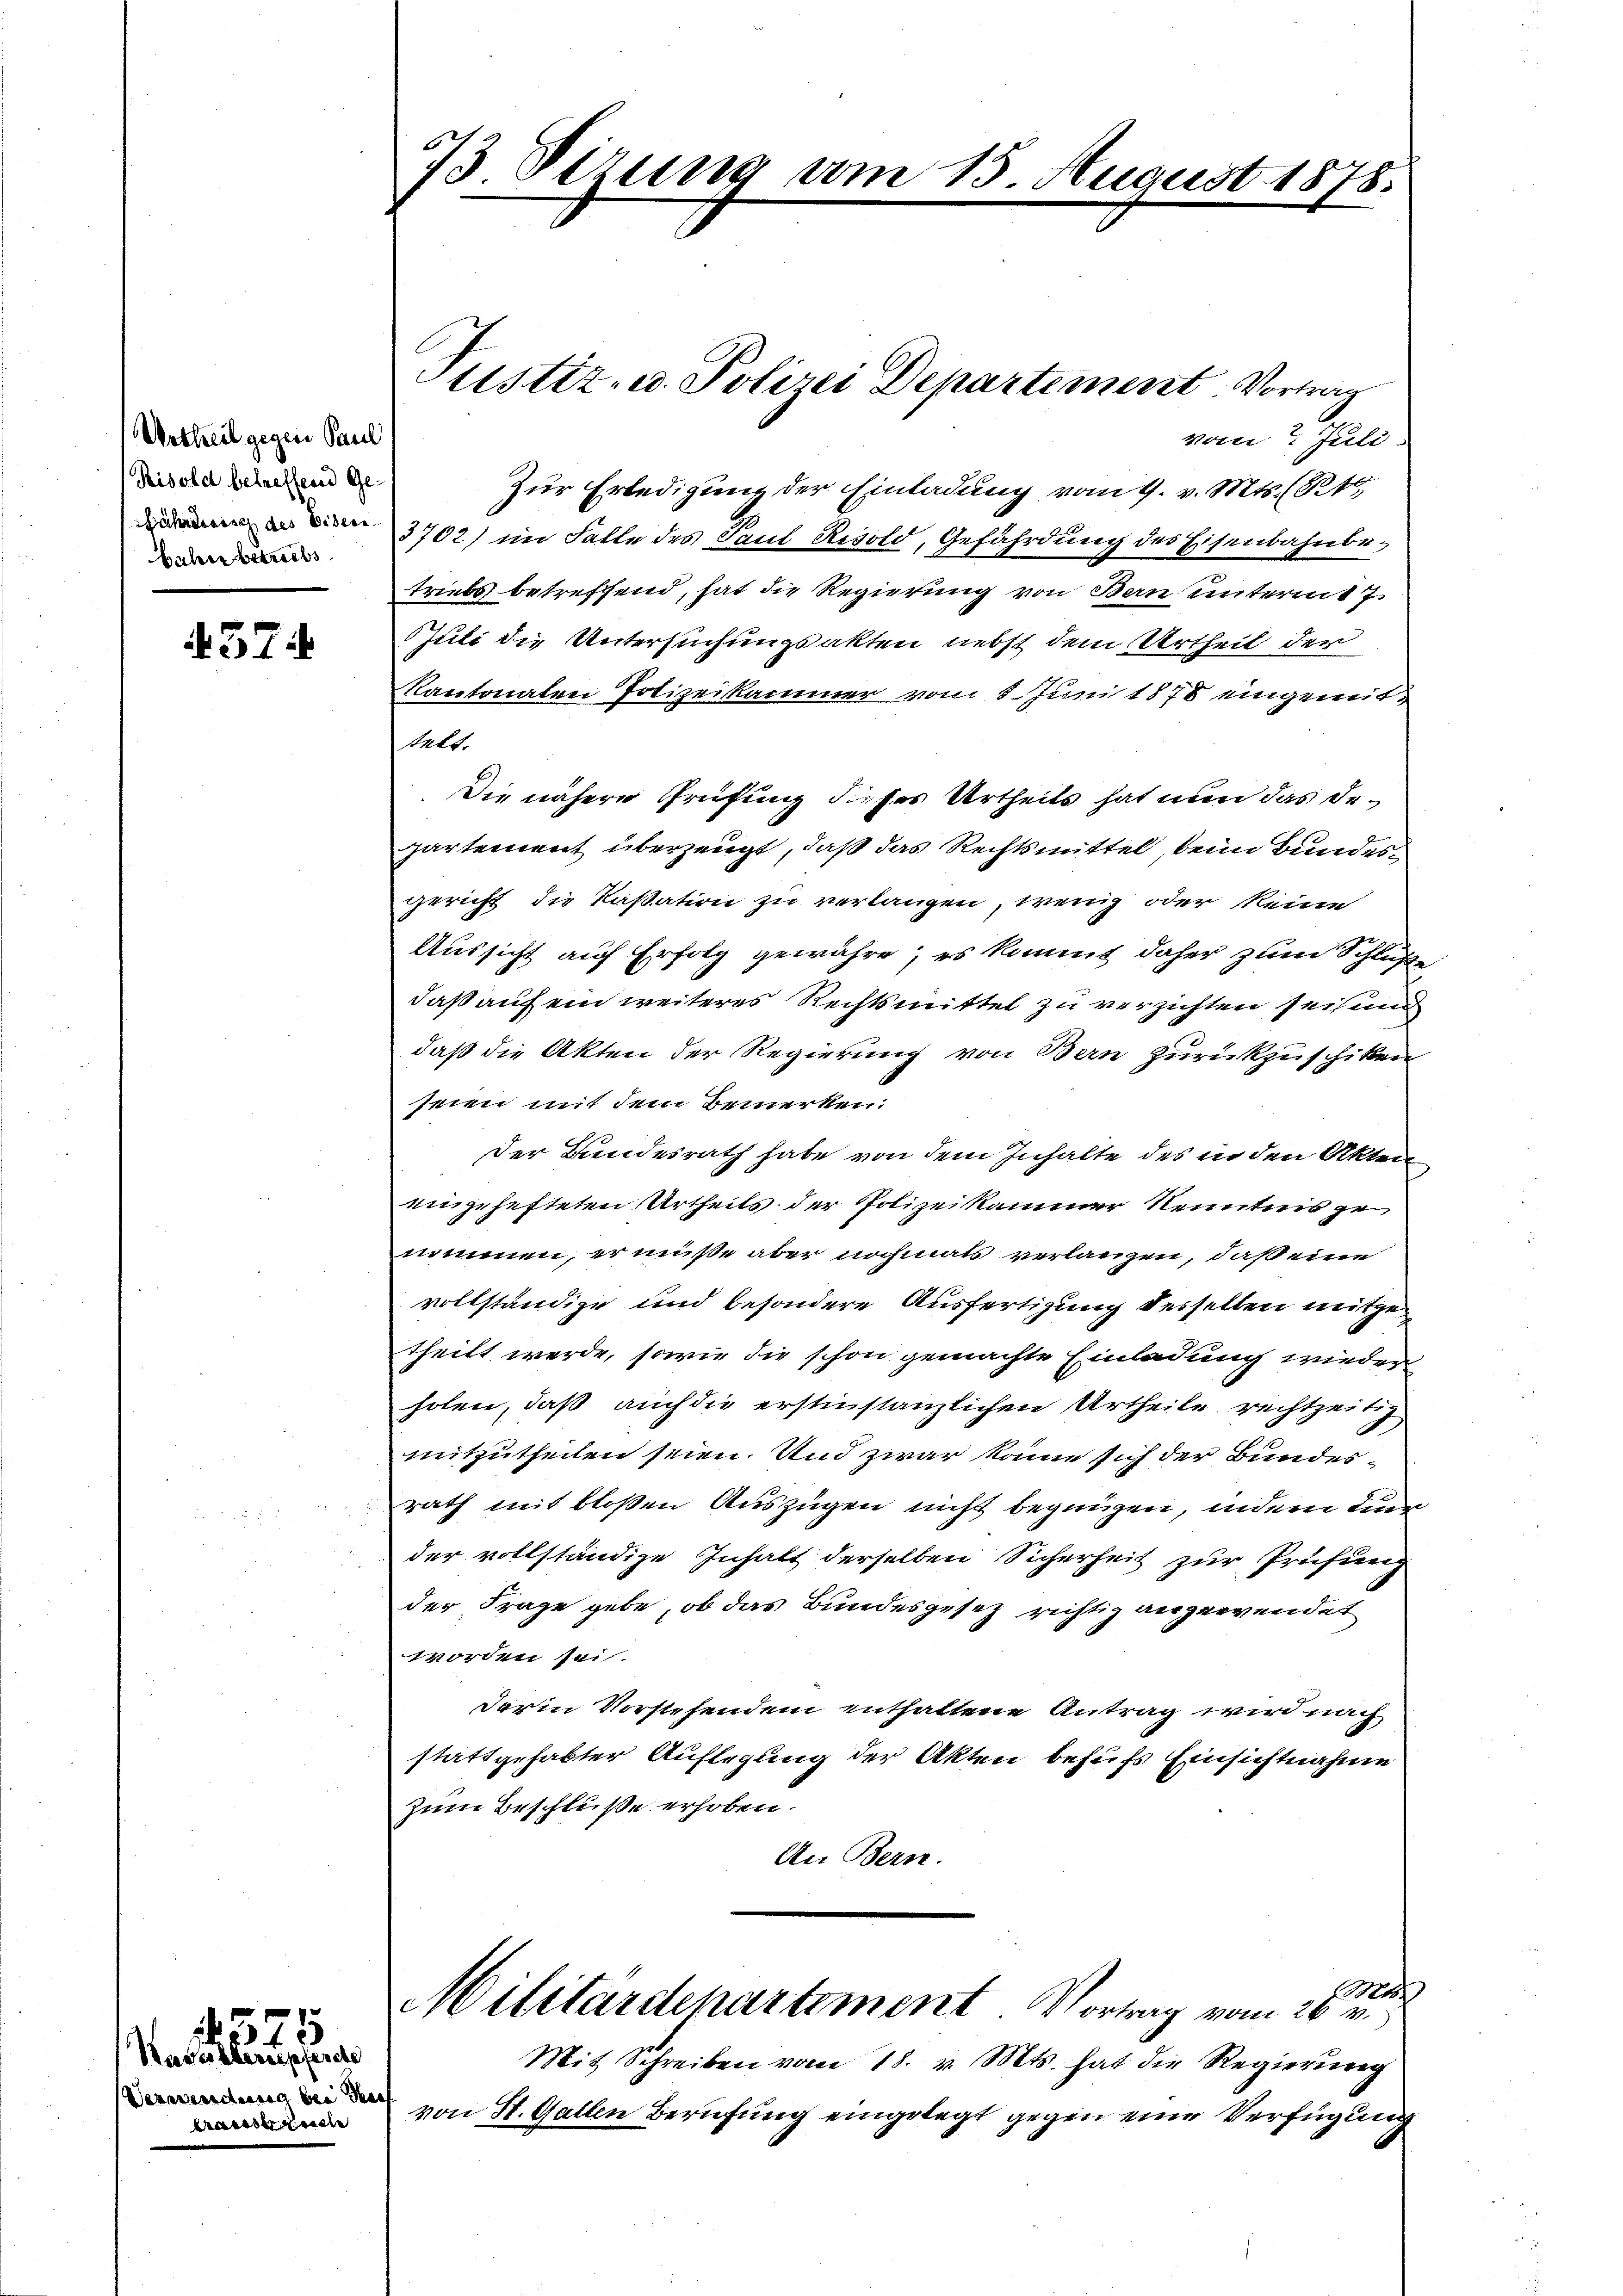
Urtheil gegen Paul
Risold betreffend Geahresisch des Eisen
bahn betriebs

457.

Haselberupferde
Verwendung bei das
erweiser Leiche

1575

73. Sizung am

Justiz- u. Polizei Departement Vortrag
vom Juli.
Zur Erledigung der Einladung vom 9. v. Mts. (16
3702) im Falle des Paul Resold, Gefährdung des Eisenbahnbetriebs betreffend, hat die Regierung von Bern unterm 7.
Juti die Untersuchungsakten nebst dem Urtheil der
Kantonalen Polizeikammer vom 8. Juni 1878 eingemittelt.
Die nähere Prüfung dieses Urtheils hat nun das Departement überzeugt, daß das Rechtsmittel, beim Bundes¬
Gericht die Kassation zu verlangen, wenig oder keine
Aussicht auf Erfolg gewähre, es kommt daher zum Schluße
daß auf ein weiteres Rechtsmittel zu verzichten seit und
daß die Akten der Regierung von Bern zurückzuschiken
seien mit dem Bemerken:
Der Bundesrath habe von dem Inhalte des in den Akten
eingehefteten Urtheils der Polizeikammer Nenntnis ge
nommen, er müße aber nochmals verlangen, daß eine
vollständige und besondere Ausfertigung desselben nütze
theilt werde, sowie die schon gemachte Einladung wieder
holen, daß auch die erstinstanzlichen Urtheile rechtzeitig
mitzutheilen seien. Und zwar könne sich der Bundes-
rath mit bloßen Auszügen nicht begnügen, indem der
der vollständige Inhalt derselben Sicherheit zur Prüfung
der Frage gebe, ob das Bundesgesetz richtig angewendet
worden sei.
Der in Vorstehendem enthaltene Antrag wird nach
stattgehabter Auflegung der Akten behufs Einsichtnahme
Zum Beschluße erhoben.
An Bern.
h
Militärdepartement Vortrag vom 26. v.
Mit Schreiben vom 18. v. Mts. hat die Regierung
von St. Gallen Berufung eingelegt gegen eine Verfügung

15. August 1878.